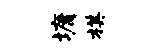
墉棋